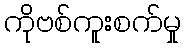
ကိုဗစ်ကူးစက်မှု